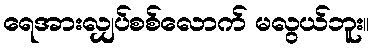
ရေအားလျှပ်စစ်လောက် မလွယ်ဘူး။